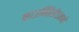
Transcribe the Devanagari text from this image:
काउन्सिलेटमध्ये